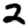
Digit: 2